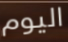
اليوم